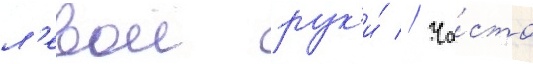
л'евои рук'и́ // Ча́сто